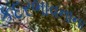
કદરભાવનાના